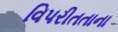
વિપરીતતાના